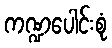
ကဏ္ဍပေါင်းစုံ